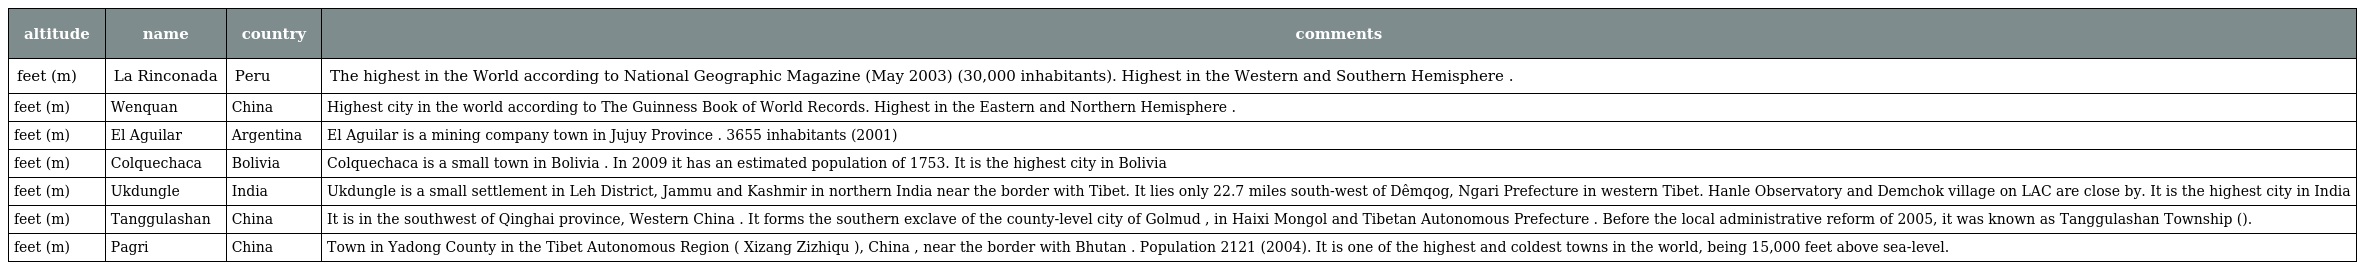
| altitude | name | country | comments |
 | --- | --- | --- | --- |
 | feet (m) | La Rinconada | Peru | The highest in the World according to National Geographic Magazine (May 2003) (30,000 inhabitants). Highest in the Western and Southern Hemisphere . |
 | feet (m) | Wenquan | China | Highest city in the world according to The Guinness Book of World Records. Highest in the Eastern and Northern Hemisphere . |
 | feet (m) | El Aguilar | Argentina | El Aguilar is a mining company town in Jujuy Province . 3655 inhabitants (2001) |
 | feet (m) | Colquechaca | Bolivia | Colquechaca is a small town in Bolivia . In 2009 it has an estimated population of 1753. It is the highest city in Bolivia |
 | feet (m) | Ukdungle | India | Ukdungle is a small settlement in Leh District, Jammu and Kashmir in northern India near the border with Tibet. It lies only 22.7 miles south-west of Dêmqog, Ngari Prefecture in western Tibet. Hanle Observatory and Demchok village on LAC are close by. It is the highest city in India |
 | feet (m) | Tanggulashan | China | It is in the southwest of Qinghai province, Western China . It forms the southern exclave of the county-level city of Golmud , in Haixi Mongol and Tibetan Autonomous Prefecture . Before the local administrative reform of 2005, it was known as Tanggulashan Township (唐古拉山乡). |
 | feet (m) | Pagri | China | Town in Yadong County in the Tibet Autonomous Region ( Xizang Zizhiqu ), China , near the border with Bhutan . Population 2121 (2004). It is one of the highest and coldest towns in the world, being 15,000 feet above sea-level. |